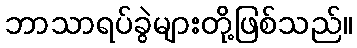
ဘာသာရပ်ခွဲများတို့ဖြစ်သည်။